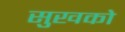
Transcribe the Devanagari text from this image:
सुखको